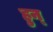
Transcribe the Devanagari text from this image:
हुन्